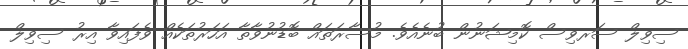
ސިވިލް ސަރވިސް ކޮމިޝަނުން ބުނެއެވެ. މުސާރަތައް ބޮޑުނުވާތާ އަހަރުތަކެއް ވެފައިވާ އިރު ސިވިލް